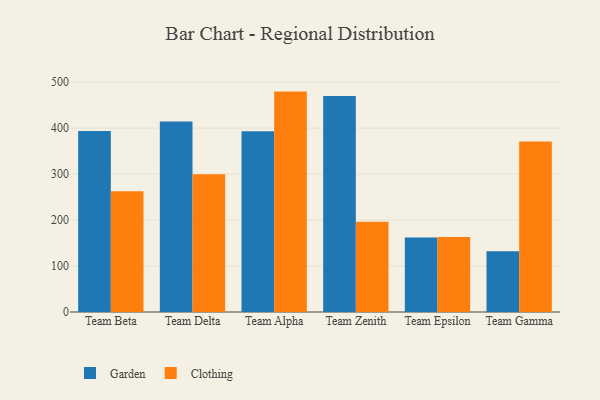
{"axis": {"x": "Team", "y": "Satisfaction Score"}, "legend": ["Clothing", "Garden"], "data": [{"x": "Team Beta", "y": 393.4, "type": "Garden"}, {"x": "Team Beta", "y": 262.4, "type": "Clothing"}, {"x": "Team Delta", "y": 414.1, "type": "Garden"}, {"x": "Team Delta", "y": 299.6, "type": "Clothing"}, {"x": "Team Alpha", "y": 393.2, "type": "Garden"}, {"x": "Team Alpha", "y": 479.3, "type": "Clothing"}, {"x": "Team Zenith", "y": 470.0, "type": "Garden"}, {"x": "Team Zenith", "y": 196.1, "type": "Clothing"}, {"x": "Team Epsilon", "y": 162.0, "type": "Garden"}, {"x": "Team Epsilon", "y": 163.1, "type": "Clothing"}, {"x": "Team Gamma", "y": 132.0, "type": "Garden"}, {"x": "Team Gamma", "y": 370.7, "type": "Clothing"}]}